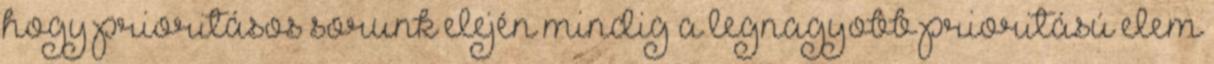
hogy prioritásos sorunk elején mindig a legnagyobb prioritású elem